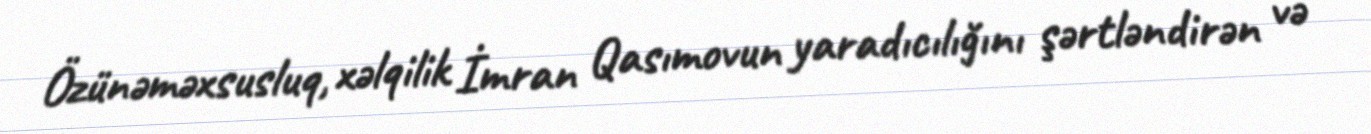
Özünəməxsusluq, xəlqilik İmran Qasımovun yaradıcılığını şərtləndirən və